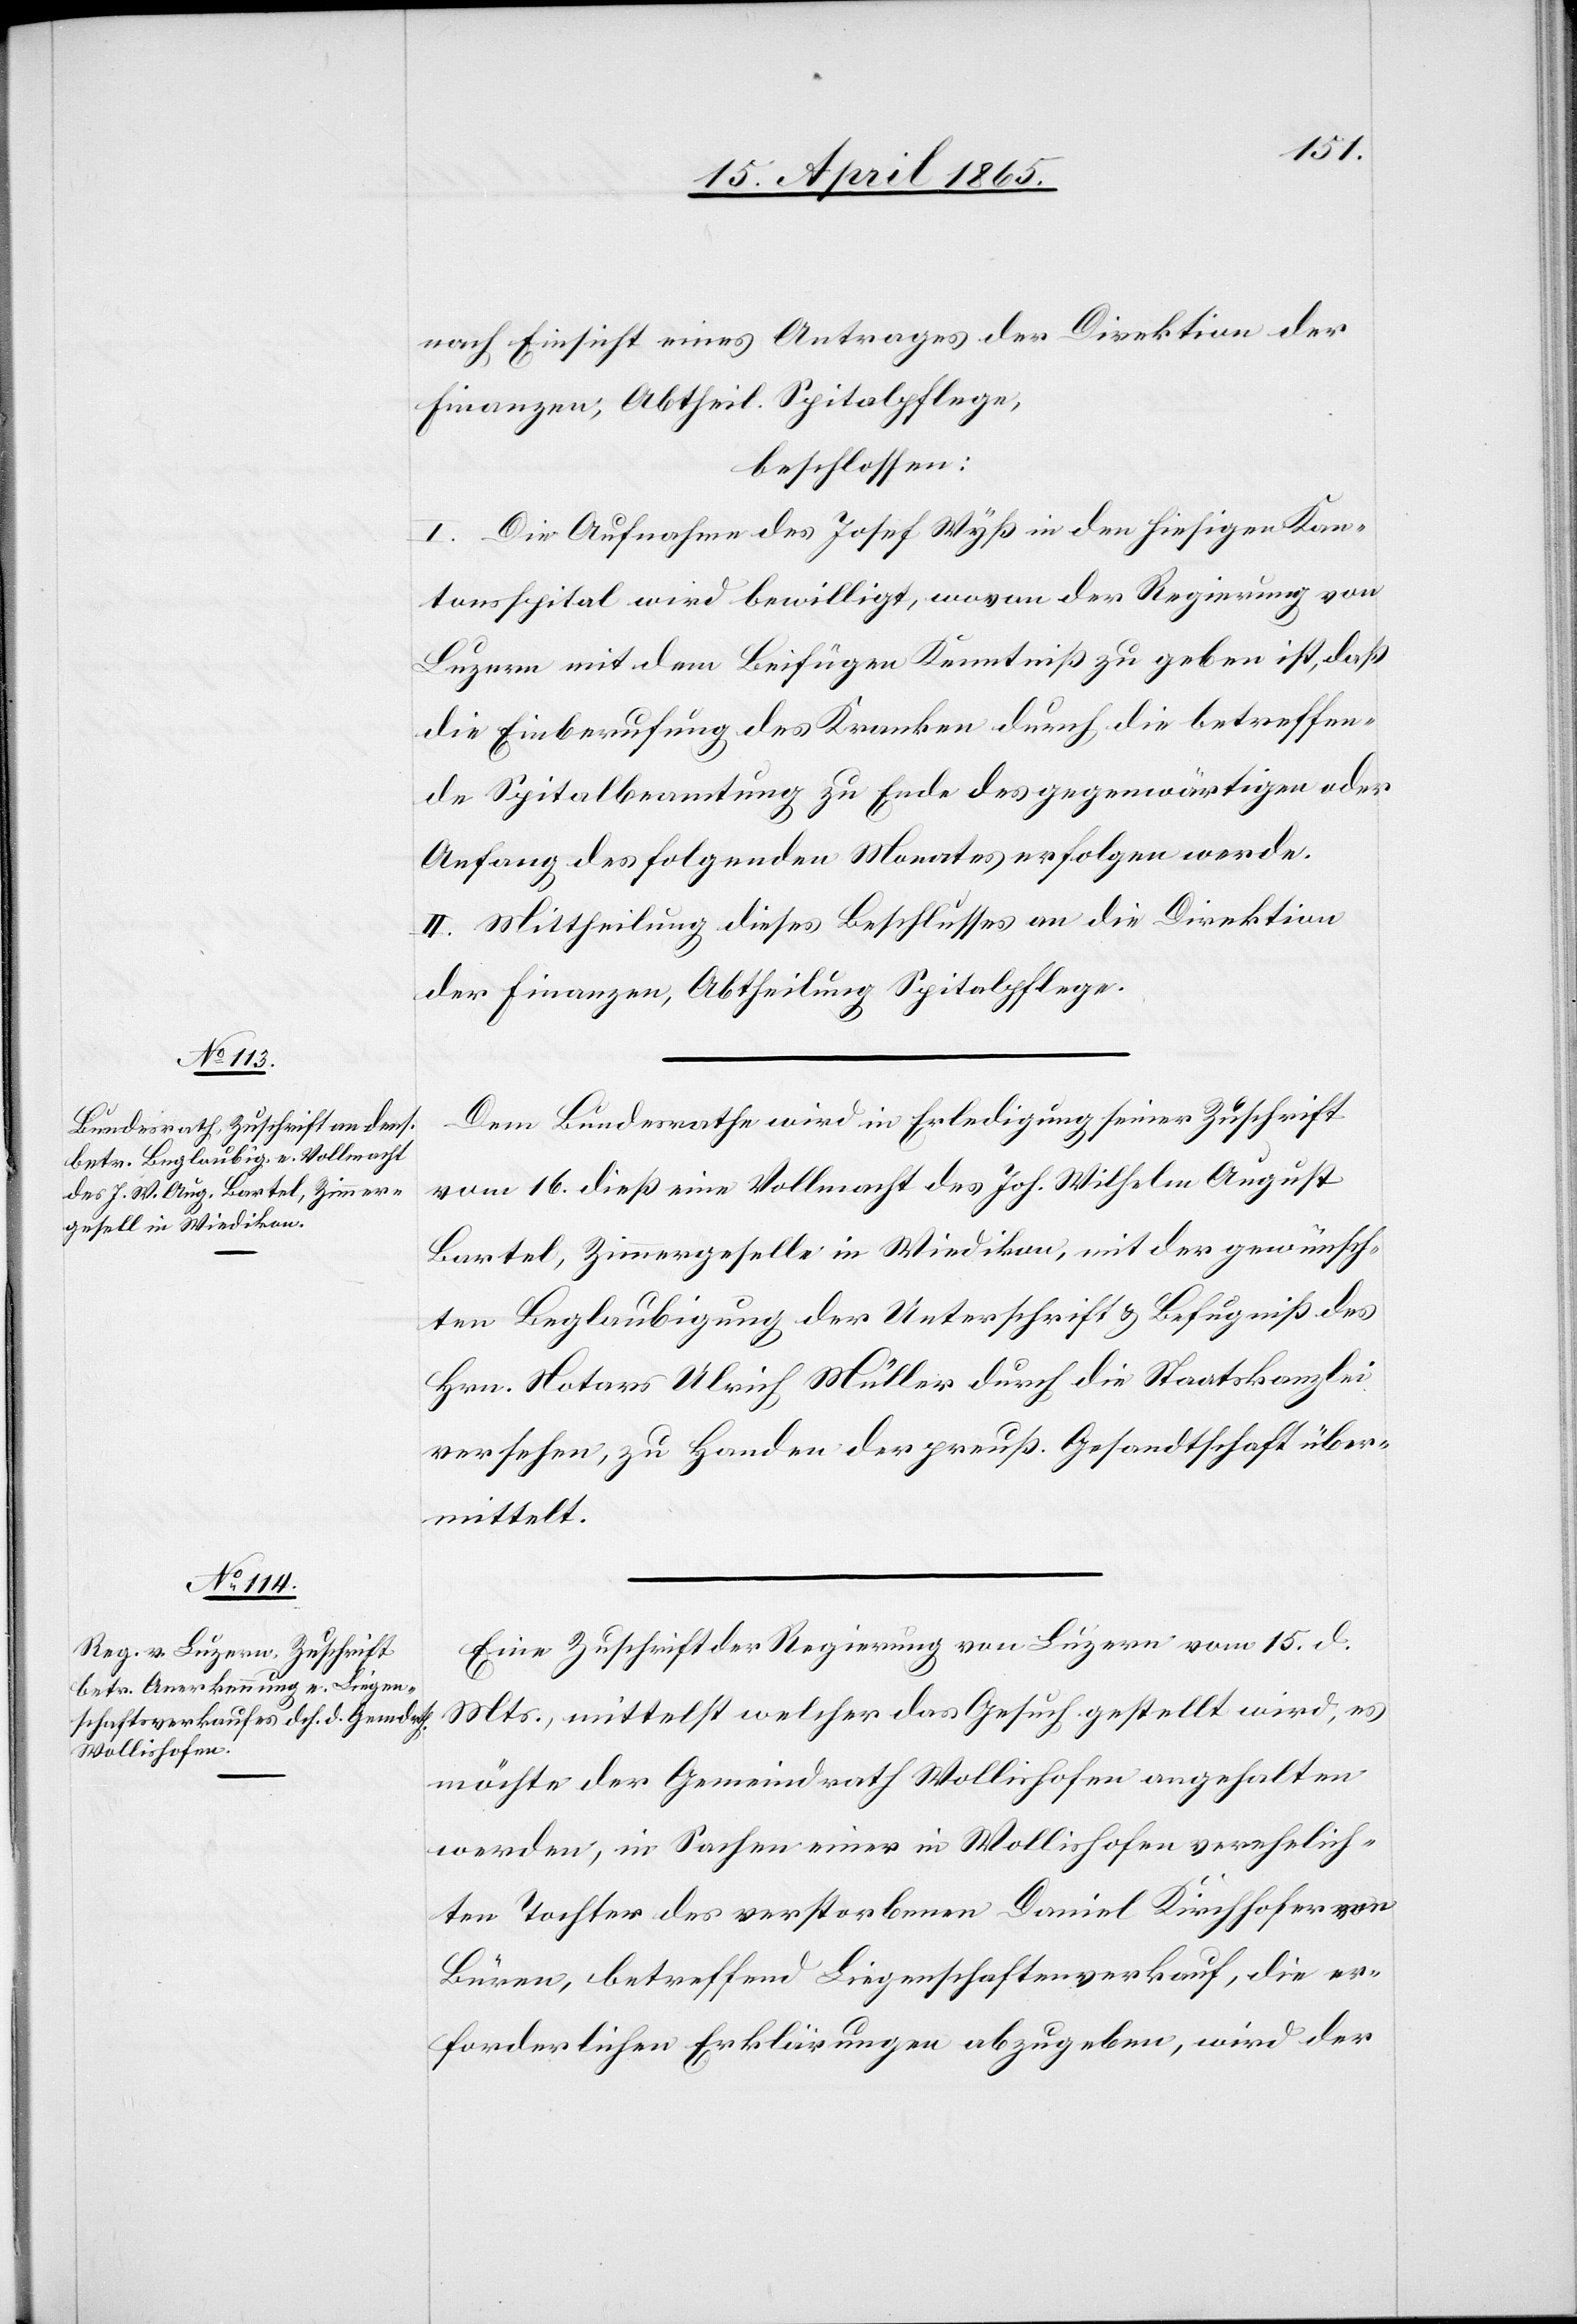
18. April 1865.]
nach Einsicht eines Antrages der Direktion der
Finanzen, Abtheil. Spitalpflege,
beschlossen:
I. Die Aufnahme des Josef Wyß in den hiesigen Kan¬
tonsspital wird bewilligt, wovon der Regierung von
Luzern mit dem Beifügen Kenntniß zu geben ist, daß
die Einberufung des Kranken durch die betreffen¬
de Spitalbeamtung zu Ende des gegenwärtigen oder
Anfang des folgenden Monates erfolgen werde.
II. Mittheilung dieses Beschlusses an die Direktion
der Finanzen, Abtheilung Spitalpflege.
Dem Bundesrathe wird in Erledigung seiner Zuschrift
vom 16. dieß eine Vollmacht des Joh. Wilhelm August
Bartel, Zimmergeselle in Wiedikon, mit der gewünsch¬
ten Beglaubigung der Unterschrift & Befugniß des
Hrn. Notars Ulrich Müller durch die Staatskanzlei
versehen, zu Handen der preuß. Gesandtschaft über¬
mittelt.
Eine Zuschrift der Regierung von Luzern vom 15. d.
Mts., mittelst welcher das Gesuch gestellt wird, es
möchte der Gemeindrath Wollishofen angehalten
werden, in Sachen einer in Wollishofen verehelich¬
ten Tochter des verstorbenen Daniel Kirchhofer von
Büren, betreffend Liegenschaftenverkauf, die er¬
forderlichen Erklärungen abzugeben, wird der